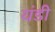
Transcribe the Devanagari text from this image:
यंडी